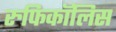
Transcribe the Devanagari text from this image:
रुफिकॉलिस